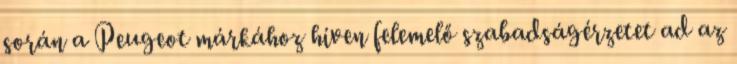
során a Peugeot márkához híven felemelő szabadságérzetet ad az